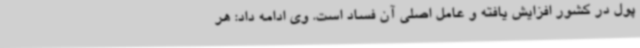
پول در کشور افزایش یافته و عامل اصلی آن فساد است. وی ادامه داد: هر